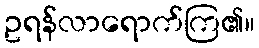
ဥရန်လာရောက်ကြ၏။